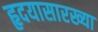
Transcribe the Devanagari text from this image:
हृदयासारख्या